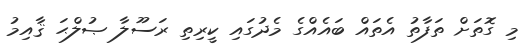
މި ގޮތަށް ތަފާތު އެތައް ބައެއްގެ މެދުގައި ކީރިތި ރަސޫލާ ޞުލްޙަ ޤާއިމު